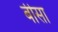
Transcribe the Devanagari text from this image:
बीसा